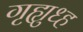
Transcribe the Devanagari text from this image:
गृह्युध्ह